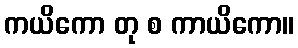
ကယိကော တု စ ကာယိကော။